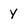
Character: y